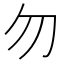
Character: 勿